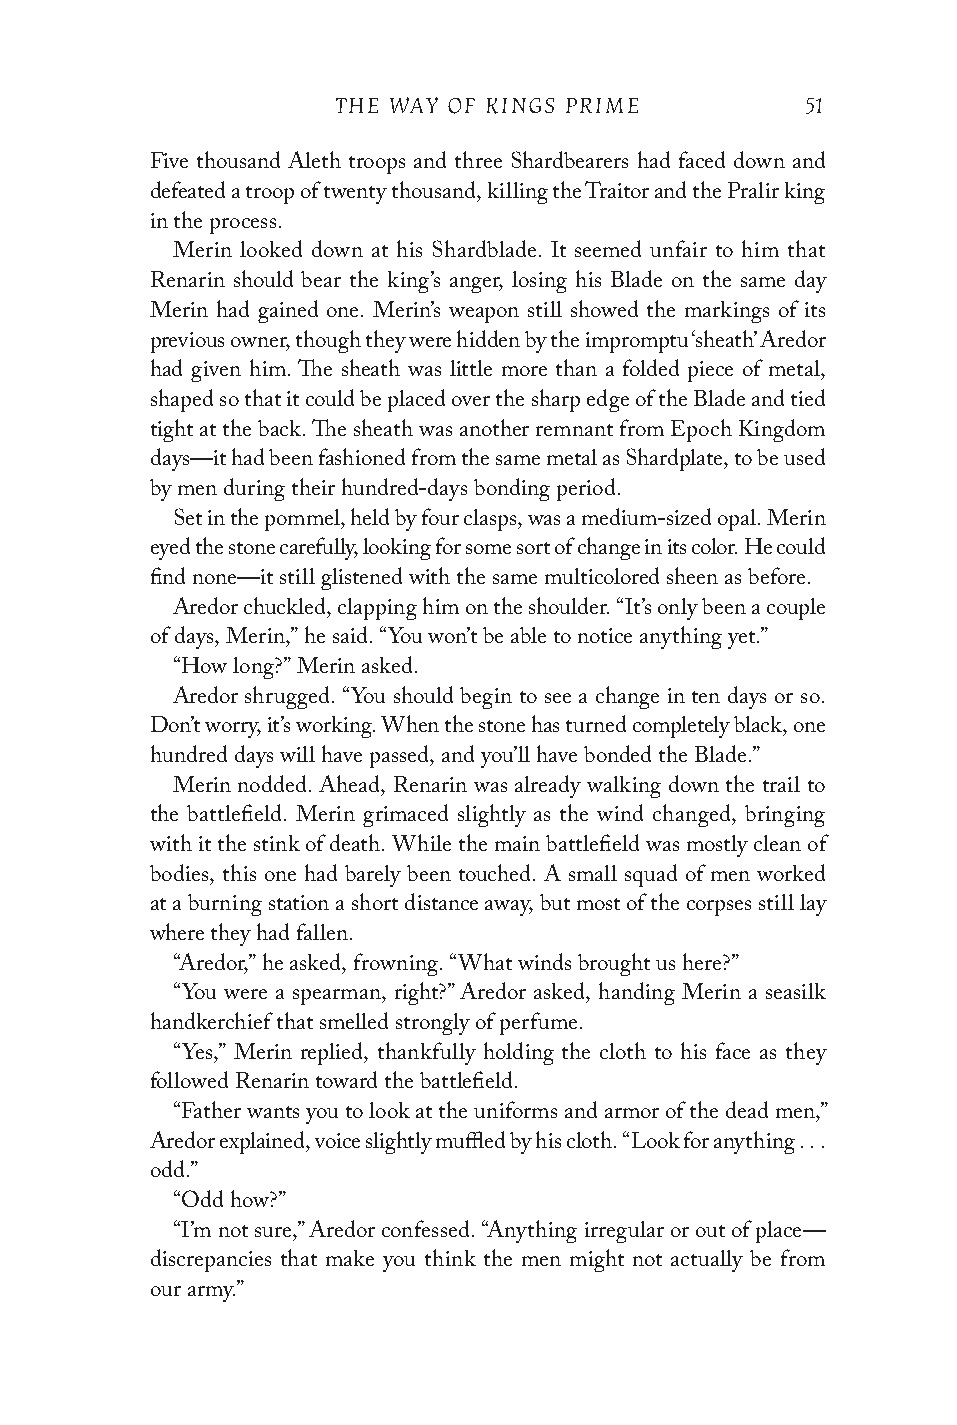
THE WAY OF KINGS PRIME         51
 Five thousand Aleth troops and three Shardbearers had faced down and
 defeated a troop of twenty thousand, killing the Traitor and the Pralir king
 in the process.
 Merin looked down at his Shardblade. It seemed unfair to him that
 Renarin should bear the king’s anger, losing his Blade on the same day
 Merin had gained one. Merin’s weapon still showed the markings of its
 previous owner, though they were hidden by the impromptu ‘sheath’ Aredor
 had given him. The sheath was little more than a folded piece of metal,
 shaped so that it could be placed over the sharp edge of the Blade and tied
 tight at the back. The sheath was another remnant from Epoch Kingdom
 days—it had been fashioned from the same metal as Shardplate, to be used
 by men during their hundred-days bonding period.
 Set in the pommel, held by four clasps, was a medium-sized opal. Merin
 eyed the stone carefully, looking for some sort of change in its color. He could
 find none—it still glistened with the same multicolored sheen as before.
 Aredor chuckled, clapping him on the shoulder. “It’s only been a couple
 of days, Merin,” he said. “You won’t be able to notice anything yet.”
 “How long?” Merin asked.
 Aredor shrugged. “You should begin to see a change in ten days or so.
 Don’t worry, it’s working. When the stone has turned completely black, one
 hundred days will have passed, and you’ll have bonded the Blade.”
 Merin nodded. Ahead, Renarin was already walking down the trail to
 the battlefield. Merin grimaced slightly as the wind changed, bringing
 with it the stink of death. While the main battlefield was mostly clean of
 bodies, this one had barely been touched. A small squad of men worked
 at a burning station a short distance away, but most of the corpses still lay
 where they had fallen.
 “Aredor,” he asked, frowning. “What winds brought us here?”
 “You were a spearman, right?” Aredor asked, handing Merin a seasilk
 handkerchief that smelled strongly of perfume.
 “Yes,” Merin replied, thankfully holding the cloth to his face as they
 followed Renarin toward the battlefield.
 “Father wants you to look at the uniforms and armor of the dead men,”
 Aredor explained, voice slightly muffled by his cloth. “Look for anything . . .
 odd.”
 “Odd how?”
 “I’m not sure,” Aredor confessed. “Anything irregular or out of place—
 discrepancies that make you think the men might not actually be from
 our army.”